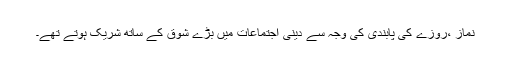
نماز ،روزے کی پابندی کی وجہ سے دینی اجتماعات میں بڑے شوق کے ساتھ شریک ہوتے تھے۔